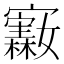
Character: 𪧵